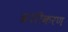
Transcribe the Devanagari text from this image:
ब्रशीकरण